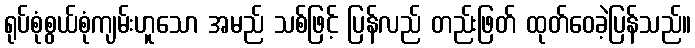
ရုပ်စုံစွယ်စုံကျမ်းဟူသော အမည် သစ်ဖြင့် ပြန်လည် တည်းဖြတ် ထုတ်ဝေခဲ့ပြန်သည်။